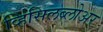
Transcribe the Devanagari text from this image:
व्हिसिलब्लोअर